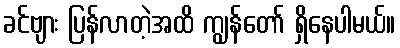
ခင်ဗျား ပြန်လာတဲ့အထိ ကျွန်တော် ရှိနေပါမယ်။